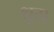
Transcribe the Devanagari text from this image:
थूम